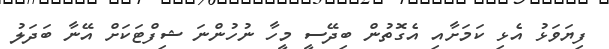
ފިޔަވަޅު އެޅި ކަމަށާއި އެގޮތުން ބިދޭސީ މީހާ ނުހުންނަ ޝިފްޓަކަށް އޭނާ ބަދަލު